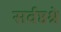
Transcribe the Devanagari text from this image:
सर्वष्ठश्रे